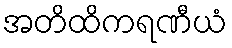
အတိထိကရဏီယံ